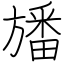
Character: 旙